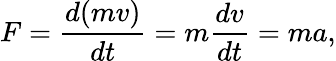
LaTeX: F={\frac{d(mv)}{dt}}=m{\frac{dv}{dt}}=ma,